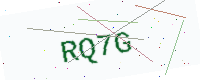
Text: RQ7G